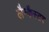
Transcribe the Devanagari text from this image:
लैन्कैस्टर